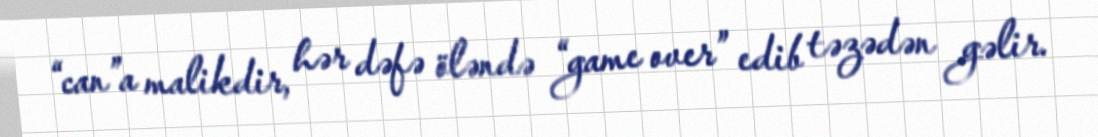
“can”a malikdir, hər dəfə öləndə “game over” edib təzədən gəlir.